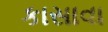
કાસાવા